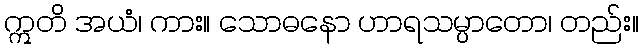
ဣတိ အယံ၊ ကား။ သောဓနော ဟာရသမ္ပာတော၊ တည်း။